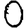
Digit: 0